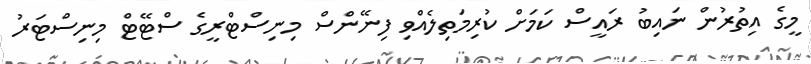
މީގެ އިތުރުން ނައިބު ރައީސް ކަމަށް ކުރިމަތިލެއްވި ފިނޭންސް މިނިސްޓްރީގެ ސްޓޭޓް މިނިސްޓަރު